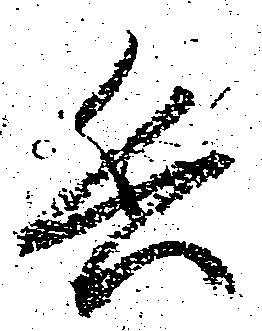
兵